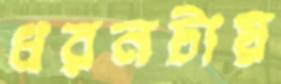
ধরনটায়